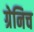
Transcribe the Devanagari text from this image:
ग्रेनिच